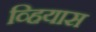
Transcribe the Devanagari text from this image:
व्हियास